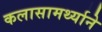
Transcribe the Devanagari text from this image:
कलासामर्थ्याने